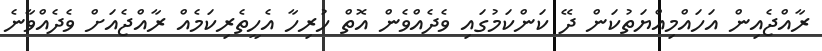
ރާއްޖެއިން އަހައްމިއްޔަތުކަން ދޭ ކަންކަމުގައި ވެދެއްވެން އޮތް ހުރިހާ އެހީތެރިކަމެއް ރާއްޖެއަށް ވެދެއްވާނެ